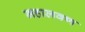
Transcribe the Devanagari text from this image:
महालवण